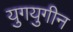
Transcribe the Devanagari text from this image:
युगयुगीन